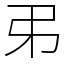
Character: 𢎨